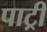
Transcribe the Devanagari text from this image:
पाट्री